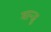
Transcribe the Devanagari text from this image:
मान्जु